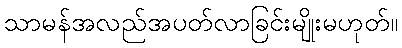
သာမန်အလည်အပတ်လာခြင်းမျိုးမဟုတ်။